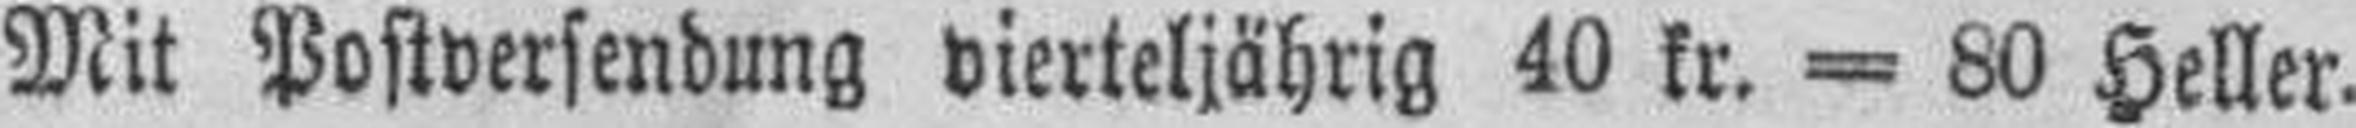
Mit Postversendung vierteljährig 40 kr. = 80 Heller.